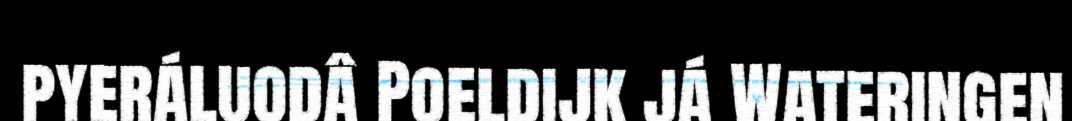
pyeráluodâ Poeldijk já Wateringen